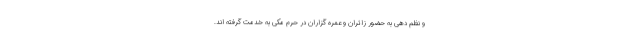
و نظم دهی به حضور زائران و عمره گزاران در حرم مکی به خدمت گرفته اند.